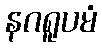
နဂရူပမံ